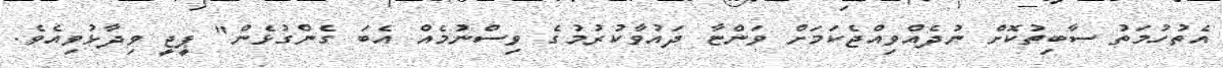
އެތުހުމަތު ސާބިތުކޮށް ނުދެއްވިއްޖެކަމަށް ވަންޏާ ދައުވާކުރުމުގެ ވިސްނުމެއް އެބަ ގެންގުޅެން" ޕީޖީ ވިދާޅުވިއެވެ.